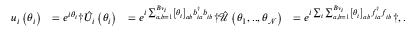
\begin{array} { r l r l } { u _ { i } \left( \theta _ { i } \right) } & { = e ^ { i \theta _ { i } } \dag \hat { U } _ { i } \left( \theta _ { i } \right) } & { = e ^ { i \sum _ { a , b = 1 } ^ { B { \nu } _ { i } } \left[ \theta _ { i } \right] _ { a b } b _ { i a } ^ { \dagger } b _ { i b } ^ { \phantom { \dagger } } } \dag \hat { \mathcal { U } } \left( \theta _ { 1 } , . . , \theta _ { \mathcal { N } } \right) } & { = e ^ { i \sum _ { i } \sum _ { a , b = 1 } ^ { B { \nu } _ { i } } \left[ \theta _ { i } \right] _ { a b } f _ { i a } ^ { \dagger } f _ { i b } ^ { \phantom { \dagger } } } \dag , . } \end{array}